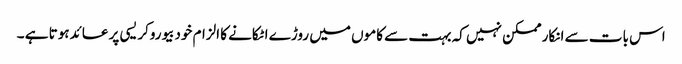
اس بات سے انکار ممکن نہیں کہ بہت سے کاموں میں روڑے اٹکانے کا الزام خودبیوروکریسی پر عائدہوتا ہے ۔